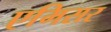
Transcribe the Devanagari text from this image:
एमिसर